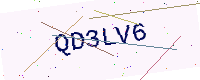
Text: QD3LV6